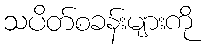
သပိတ်စခန်းများကို